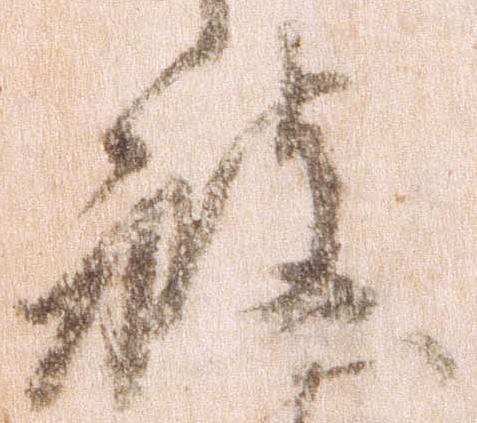
被